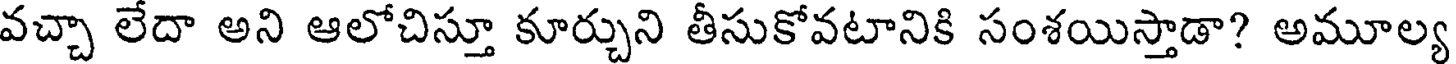
వచ్చా లేదా అని ఆలోచిస్తూ కూర్చుని తీసుకోవటానికి సంశయిస్తాడా? అమూల్య